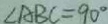
\angle A B C = 9 0 ^ { \circ }